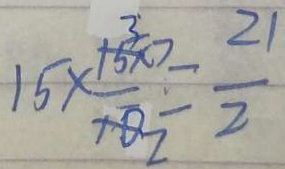
1 5 \times \frac { 3 \times 7 } { 2 } = \frac { 2 1 } { 2 }